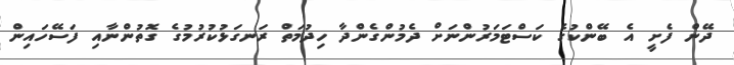
ދޭން ފެށީ އެ ބޭންކުގެ ކަސްޓަމަރުންނަށް ދެމުންގެންދާ ހިދުމަތް ރަނގަޅުކުރުމުގެ ގޮތުންނާއި ފަސޭހައިން